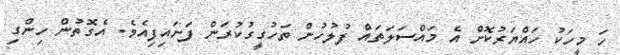
ހަ މީހަކު ހައްޔަރުކޮށް އެ މައްސަލަތައް ފުލުހުން ތަހުގީގުކުރަން ފަށައިފިއެވެ. އެގޮތުން ހިންގި